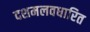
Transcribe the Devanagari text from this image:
दशमलवधारित